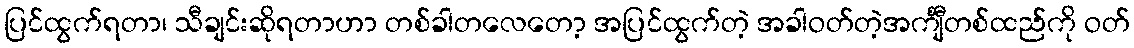
ပြင်ထွက်ရတာ၊ သီချင်းဆိုရတာဟာ တစ်ခါတလေတော့ အပြင်ထွက်တဲ့ အခါဝတ်တဲ့အင်္ကျီတစ်ထည်ကို ဝတ်